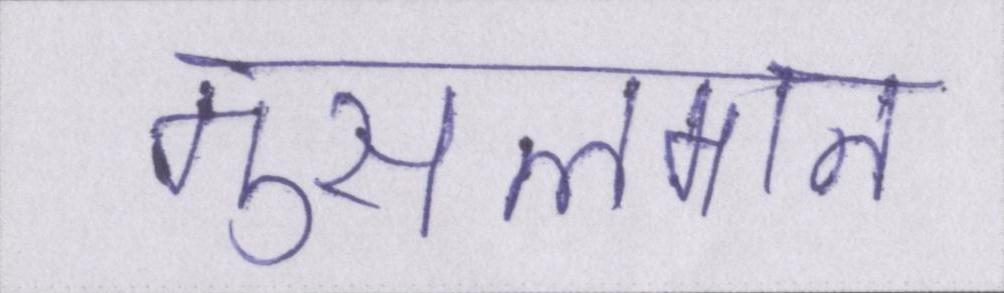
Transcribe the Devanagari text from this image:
मुसलमान